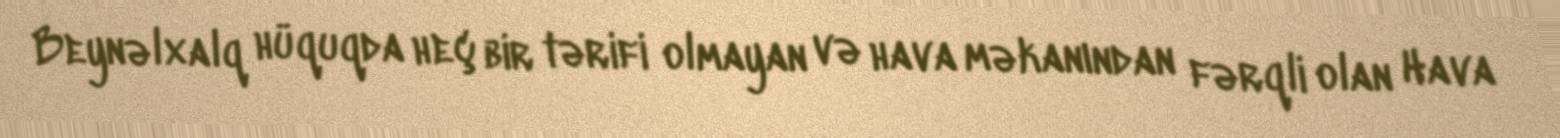
Beynəlxalq hüquqda heç bir tərifi olmayan və hava məkanından fərqli olan Hava